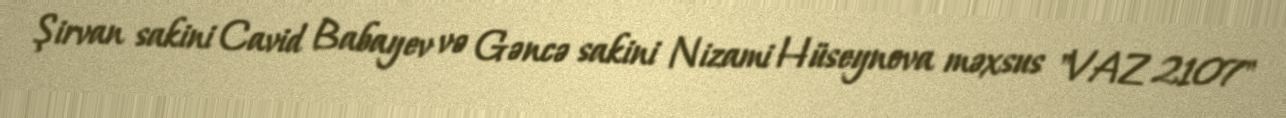
Şirvan sakini Cavid Babayev və Gəncə sakini Nizami Hüseynova məxsus "VAZ 2107"